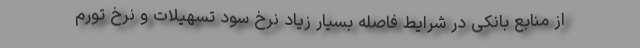
از منابع بانکی در شرایط فاصله بسیار زیاد نرخ سود تسهیلات و نرخ تورم